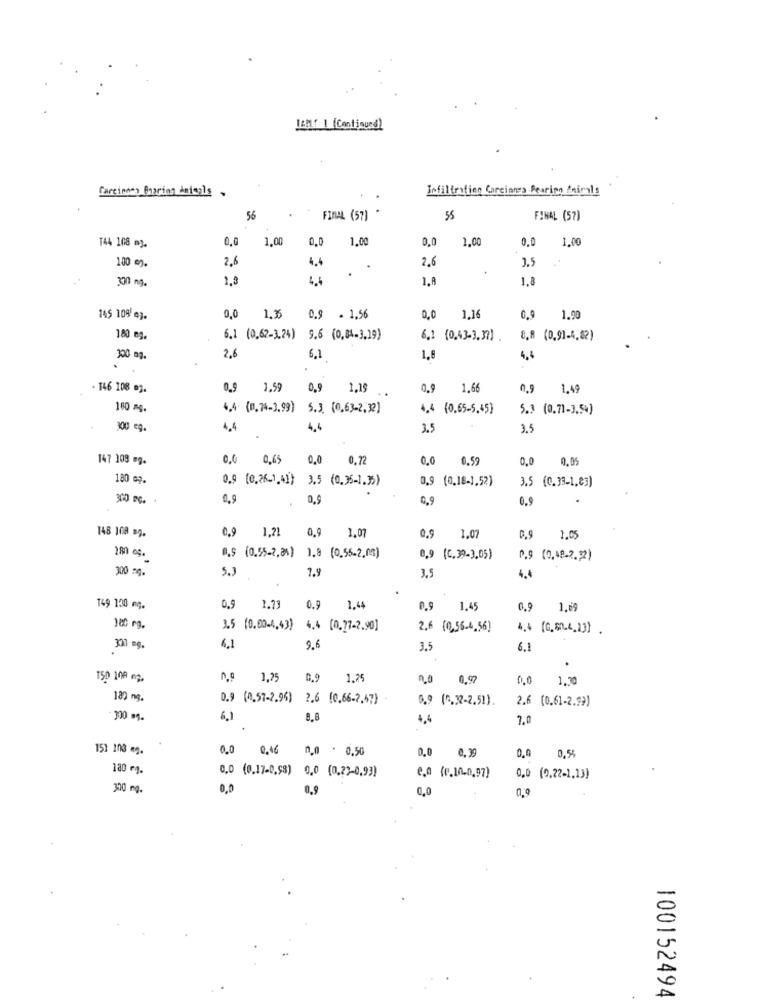
IAM[ ] [Continued]
Carcinnes Bnaring Animals .
Infiltrofinn Carcinnes Fearing fairsls
56
FINAL (57)
55
FINAL (57)
0,0
1,00
0.0
1.00
0,0
1.00
0.0 1.00
T44 108 m3.
100 mg.
2.6
4.4
2.6
3.5
300 mg.
1,3
4.4
1,8
1,8
145 109 mj.
0,0
1,36
0.9 - 1,56
0,0
1,16
0.9
1.00
180 eg.
6.1 (0.62-3.24) 9.6 (0,84-3,19)
6,1 (0,43-3,37)
8.8 (0,91-4,02)
300 mg.
2,6
6,1
1,8
4,4
.
. 146 108 og.
0.9
3.59
0,9 1,19
0.9
1.66
0,9 1,49
160 mg.
4,4 (0,74-3.99) 5.3 (0,63-2,32)
4,4 (0,65-5.45)
5.3 (0.71-3.54)
300 eg.
4.4
4.4
3.5
3.5
147 108 mg.
0,0
0.65 0.0 0.72
0,0
0.59
0.0
0.05
180 mg.
0,9 (0,18-1,52)
3.5 (0.33-1,85)
0.9 (0,26-1.4]} 3.5 (0,35-1.35)
200 g. .
0,9
0,9
0,9
0.9
148 100 mg.
0,9 1,21 0,9 1,07
0,9
1.07
1.05
B.5 (0,55-2,21) 1.8 (0,55-2,05)
0,9 (C.39-3,05)
0.9 (0,48.2.22)
300 g.
5.3
1.9
3.5
4.4
T49 130 mg.
0,9
1.73
0.9 1,44
0.9
1.45
0.9
1.69
180 mg.
3.5 (0.00-4,43) 4,4 (0.77-2.90]
2.6 (0,56-4,56)
4.4 (0,80.4,13) .
337 ng.
6.1
9.6
3.5
6.1
150 100 m2.
1,25
0.9
1.25
no
0.97
1.30
182 mg.
0.9 (0,57-2.96) 2.6 [0.66-2,57)
6.9 (0.32-2.51).
2.6 (0.61-2.9))
300 m.
6.1
8,8
4,4
7.0
151 103 mg.
0.0 0,46
0.0 . 0,50
0,0
0.39
0.0 0,5%
180 g.
0,0 (0,17-0,58) 0,0 (0,2)-0,93)
e.0 (0.10.0,97)
0,0 (0,22-1,13)
300 mg.
0.0
0,9
0,0
0.9
100152494